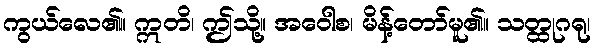
ကွယ်လေ၏။ ဣတိ၊ ဤသို့။ အဝေါစ၊ မိန့်တော်မူ၏။ သတ္ထုဂရု၊